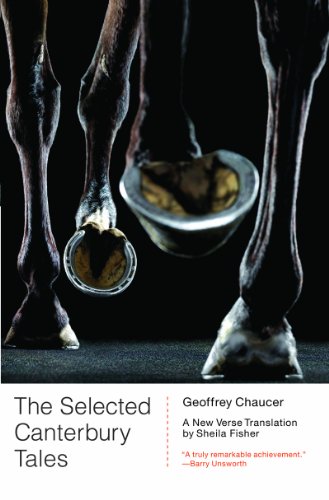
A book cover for The Selected Canterbury Tales: A New Verse Translation; Geoffrey Chaucer; Christian Books & Bibles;